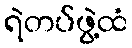
ရဲတပ်ဖွဲ့ထံ